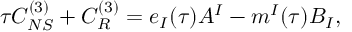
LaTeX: \tau { \cal C } _ { N S } ^ { ( 3 ) } + { \cal C } _ { R } ^ { ( 3 ) } = e _ { I } ( \tau ) A ^ { I } - m ^ { I } ( \tau ) B _ { I } ,